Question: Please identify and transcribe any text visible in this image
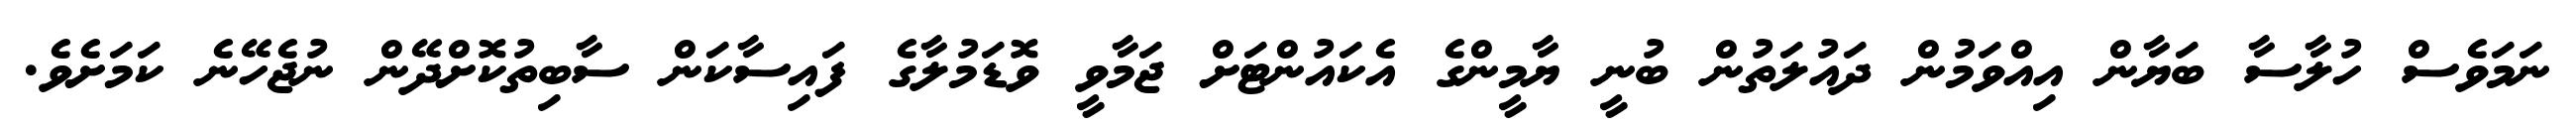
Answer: ނަމަވެސް ހުލާސާ ބަޔާން އިއްވަމުން ދައުލަތުން ބުނީ ޔާމީންގެ އެކައުންޓަށް ޖަމާވީ ވޮޑަމުލާގެ ފައިސާކަން ސާބިތުކޮށްދޭން ނުޖެހޭނެ ކަމަށެވެ.